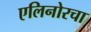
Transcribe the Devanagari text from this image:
एलिनोरचा